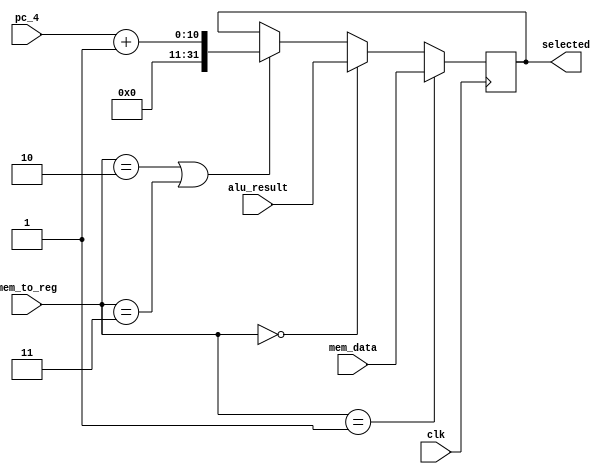
`timescale 1ns / 1ps
//mem_to_reg- Memeory to Register MUX: select Alu output or Data read from 
//            Memory to write in register rd
//0 = Alu_output
//1 = data_mem_output
//2,3 = pc + 4

module mem_to_reg (clk,mem_to_reg,alu_result,mem_data,pc_4,selected);
input clk;                  //System clock
input [1:0] mem_to_reg;           //control signal from Control
input [31:0] alu_result;    //Reg[rs2] from Register File
input [31:0] mem_data;      //Immediate from Decoder
input [9:0] pc_4;          //pc from PC add 4 to it
output reg [31:0] selected; //MUX output

always @(posedge clk) begin
    if(mem_to_reg==1)
        selected = mem_data;
    else if (mem_to_reg==0)
        selected = alu_result;
    else if (mem_to_reg==2 || mem_to_reg==3)
        selected = pc_4 + 1;//pc + 1
end
endmodule